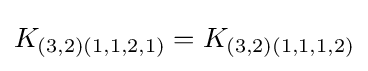
K_{(3,2)(1,1,2,1)}=K_{(3,2)(1,1,1,2)}